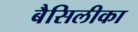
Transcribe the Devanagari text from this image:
बैसिलीका